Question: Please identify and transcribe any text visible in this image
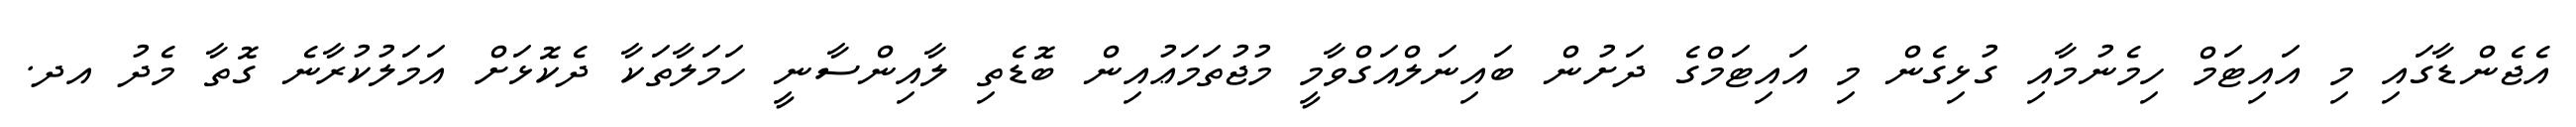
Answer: އެޖެންޑާގައި މި އައިޓަމް ހިމެނުމާއި ގުޅިގެން މި އައިޓަމްގެ ދަށުން ބައިނަލްއަގްވާމީ މުޖުތަމަޢުއިން ބޮޑެތި ލާއިންސާނީ ހަމަލާތަކާ ދެކޮޅަށް އަމަލުކުރާނެ ގޮތާ މެދު އދ.